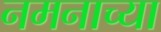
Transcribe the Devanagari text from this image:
नमनाच्या